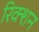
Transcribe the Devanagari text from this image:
रिक्शन